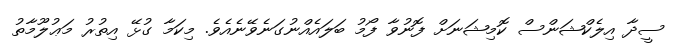
ސީދާ އިލެކްޝަންސް ކޮމިޝަނަށް ފޮނުވާ ފޯމު ބަލައެއްނުގަނެވޭނެއެވެ. މިކަމާ ގުޅޭ އިތުރު މަޢުލޫމާތު